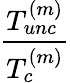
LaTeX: \frac{T_{unc}^{(m)}}{T_{c}^{(m)}}